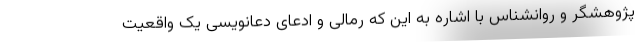
پژوهشگر و روانشناس با اشاره به این که رمالی و ادعای دعانویسی یک واقعیت